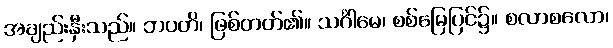
အချည်းနှီးသည်။ ဘဝတိ၊ ဖြစ်တတ်၏။ သင်္ဂါမေ၊ စစ်မြေပြင်၌။ စလာစလော၊